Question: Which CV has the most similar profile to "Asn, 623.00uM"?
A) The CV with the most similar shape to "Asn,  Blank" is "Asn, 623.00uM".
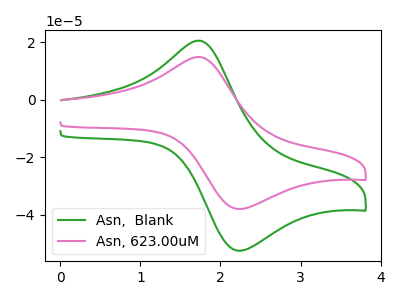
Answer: <think>The green curve "Asn,  Blank" has an anodic peak at (1.75V, 20.50uA) and a cathodic peak at (2.25V, -52.40uA). The pink curve "Asn, 623.00uM" has an anodic peak at (1.75V, 14.85uA) and a cathodic peak at (2.25V, -37.95uA).
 All the peaks in "Asn,  Blank" have a peak in "Asn, 623.00uM" at the same potential. Every peak in "Asn,  Blank" is higher than every peak in "Asn, 623.00uM".</think>
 <answer>A) The CV with the most similar shape to "Asn,  Blank" is "Asn, 623.00uM".</answer>
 <eval>A</eval>